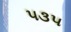
૫૩૫